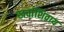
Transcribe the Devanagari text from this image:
खर्चाशिवाय